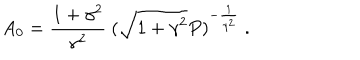
LaTeX: A _ { 0 } = \frac { 1 + \gamma ^ { 2 } } { \gamma ^ { 2 } } \ ( \sqrt { 1 + \gamma ^ { 2 } } P ) ^ { - \frac { 1 } { \gamma ^ { 2 } } } \ .